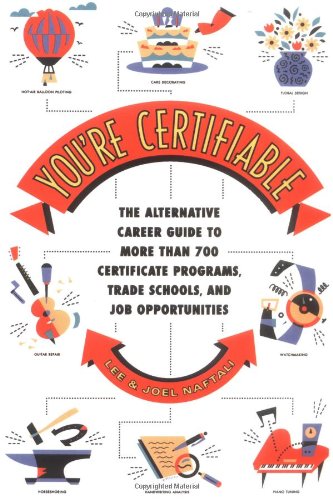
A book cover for You're Certifiable: The Alternative Career Guide to More Than 700 Certificate Programs, Trade Schools, and Job Opportunities; Lee Naftali; Education & Teaching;